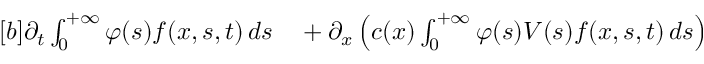
\begin{array} { r } { \begin{array} { r l } { [ b ] \partial _ { t } \int _ { 0 } ^ { + \infty } \varphi ( s ) f ( x , s , t ) \, d s } & { { } + \partial _ { x } \left( c ( x ) \int _ { 0 } ^ { + \infty } \varphi ( s ) V ( s ) f ( x , s , t ) \, d s \right) } \end{array} } \end{array}